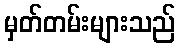
မှတ်တမ်းများသည်